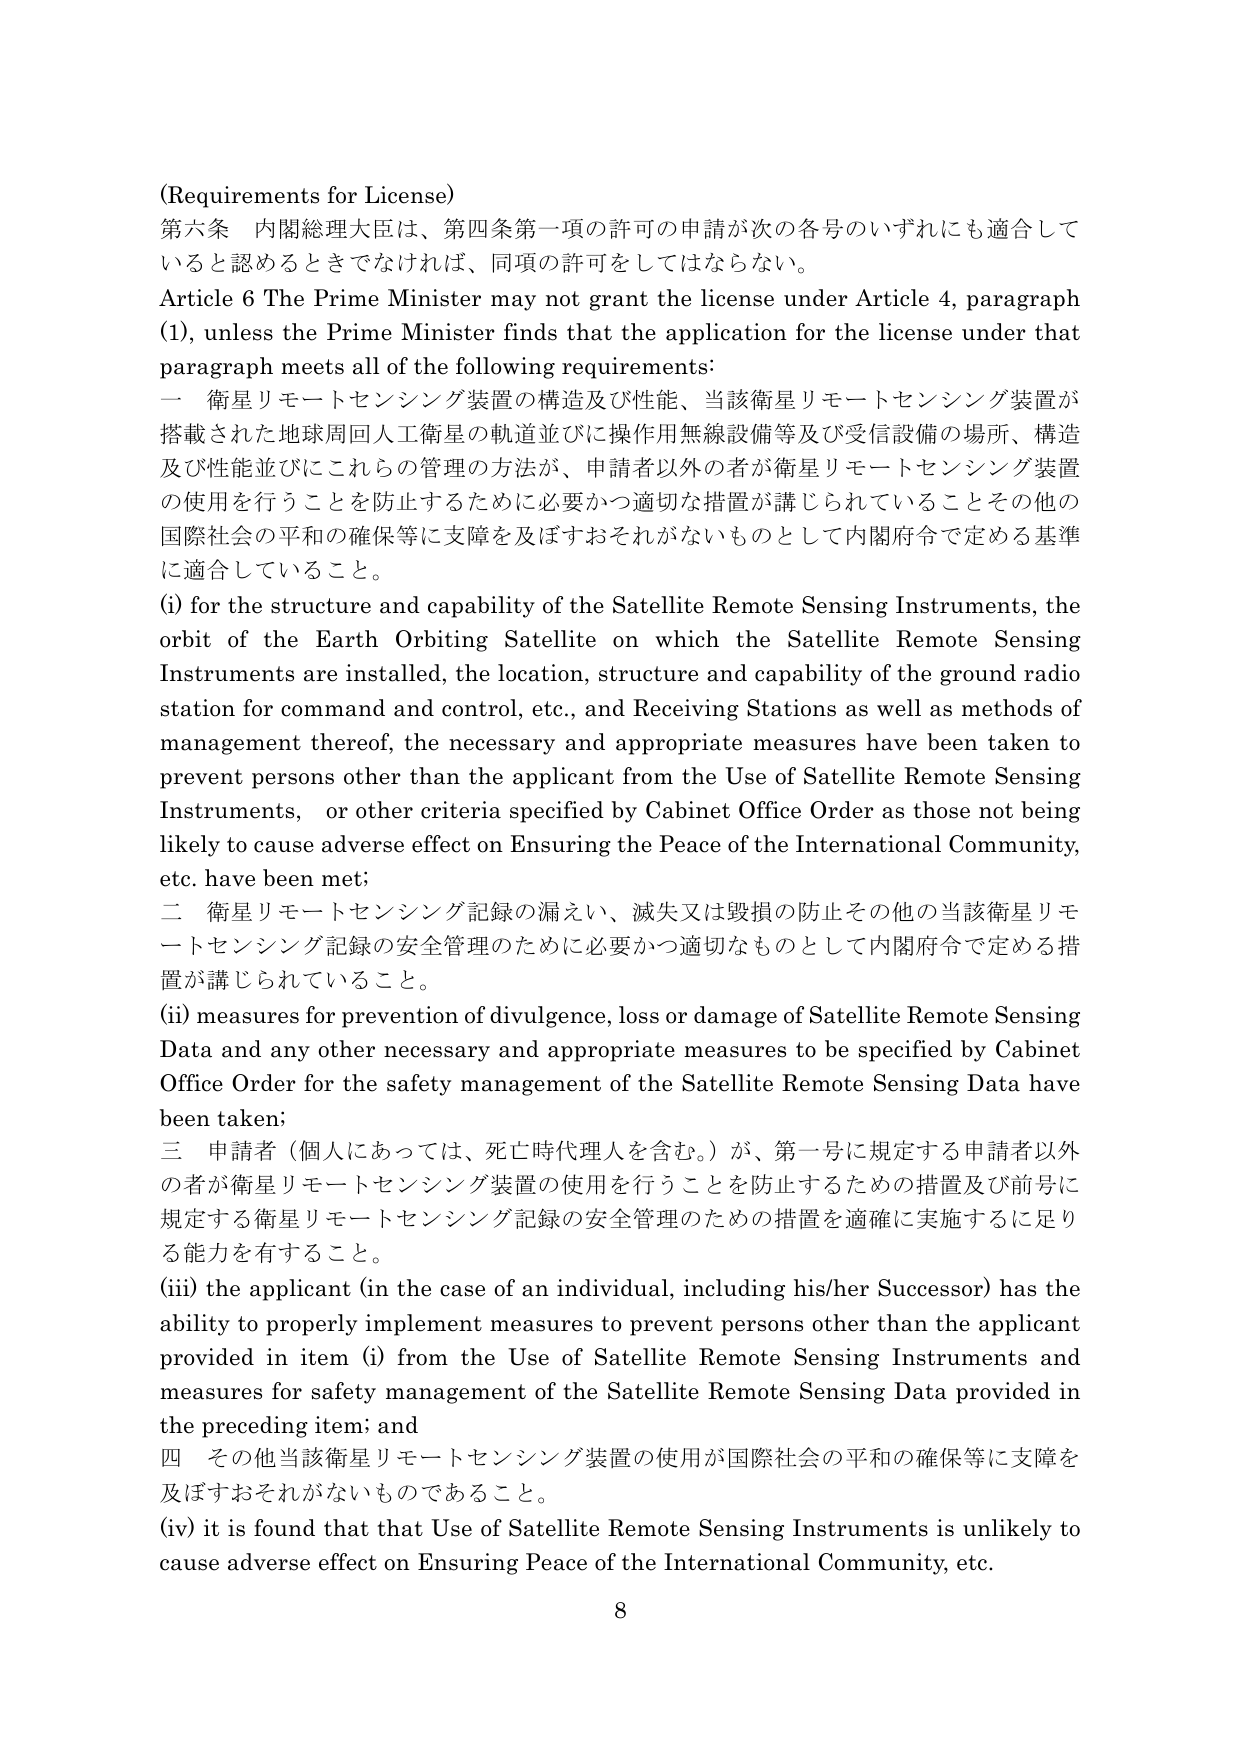
(Requirements for License)
第六条 内閣総理大臣は、第四条第一項の許可の申請が次の各号のいずれにも適合していると認めるときでなければ、同項の許可をしてはならない。
Article 6 The Prime Minister may not grant the license under Article 4, paragraph (1), unless the Prime Minister finds that the application for the license under that paragraph meets all of the following requirements:
一 衛星リモートセンシング装置の構造及び性能、当該衛星リモートセンシング装置が搭載された地球周回人工衛星の軌道並びに操作用無線設備等及び受信設備の場所、構造及び性能並びにこれらの管理の方法が、申請者以外の者が衛星リモートセンシング装置の使用を行うことを防止するために必要かつ適切な措置が講じられていることその他 の国際社会の平和の確保等に支障を及ぼすおそれがないものとして内閣府令で定める基準に適合していること。
(i) for the structure and capability of the Satellite Remote Sensing Instruments, the orbit of the Earth Orbiting Satellite on which the Satellite Remote Sensing Instruments are installed, the location, structure and capability of the ground radio station for command and control, etc., and Receiving Stations as well as methods of management thereof, the necessary and appropriate measures have been taken to prevent persons other than the applicant from the Use of Satellite Remote Sensing Instruments, or other criteria specified by Cabinet Office Order as those not being likely to cause adverse effect on Ensuring the Peace of the International Community, etc. have been met;
二 衛星リモートセンシング記録の漏えい、滅失又は毀損の防止その他の当該衛星リモートセンシング記録の安全管理のために必要かつ適切なものとして内閣府令で定める措置が講じられていること。
(ii) measures for prevention of divulgence, loss or damage of Satellite Remote Sensing Data and any other necessary and appropriate measures to be specified by Cabinet Office Order for the safety management of the Satellite Remote Sensing Data have been taken;
三 申請者（個人にあっては、死亡時代理人を含む。）が、第一号に規定する申請者以外の者が衛星リモートセンシング装置の使用を行うことを防止するための措置及び前号に規定する衛星リモートセンシング記録の安全管理のための措置を適確に実施するに足りる能力を有すること。
(iii) the applicant (in the case of an individual, including his/her Successor) has the ability to properly implement measures to prevent persons other than the applicant provided in item (i) from the Use of Satellite Remote Sensing Instruments and measures for safety management of the Satellite Remote Sensing Data provided in the preceding item; and
四 その他当該衛星リモートセンシング装置の使用が国際社会の平和の確保等に支障を及ぼすおそれがないものであること。
(iv) it is found that that Use of Satellite Remote Sensing Instruments is unlikely to cause adverse effect on Ensuring Peace of the International Community, etc.
8